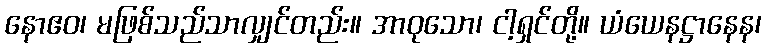
နောဧဝ၊ မဖြစ်သည်သာလျှင်တည်း။ အာဝုသော၊ ငါ့ရှင်တို့။ ယံယေနဋ္ဌာနေန၊